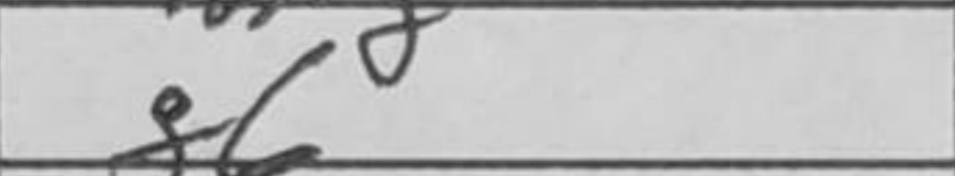
Transcription: f6